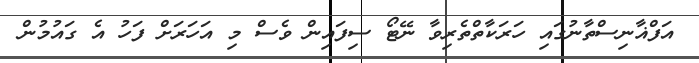
އަފްޣާނިސްތާނުގައި ހަރަކާތްތެރިވާ ނޭޓޯ ސިފައިން ވެސް މި އަހަރަށް ފަހު އެ ގައުމުން